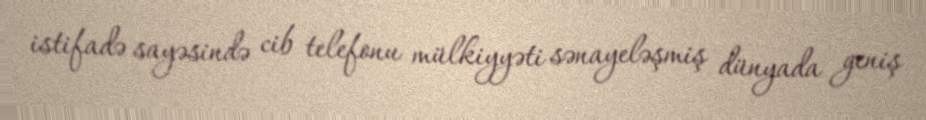
istifadə sayəsində cib telefonu mülkiyyəti sənayeləşmiş dünyada geniş